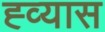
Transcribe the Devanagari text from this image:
ह्व्यास